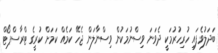
ބަދަލުވެފައި ހުރިހުރުމަކީ ދެވަނަ ވިސްނުމަކުން ވިސްނާލަން ޖެހޭ ކަމެއް ކަމަށް ކުރީގެ ޓްރާސްޕޯޓް